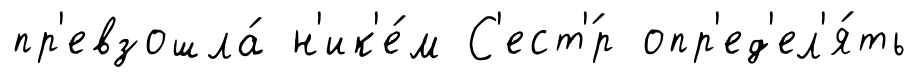
пр'евзошла́ н'ик'е́м С'ест'́р опр'ед'ел'я́ть